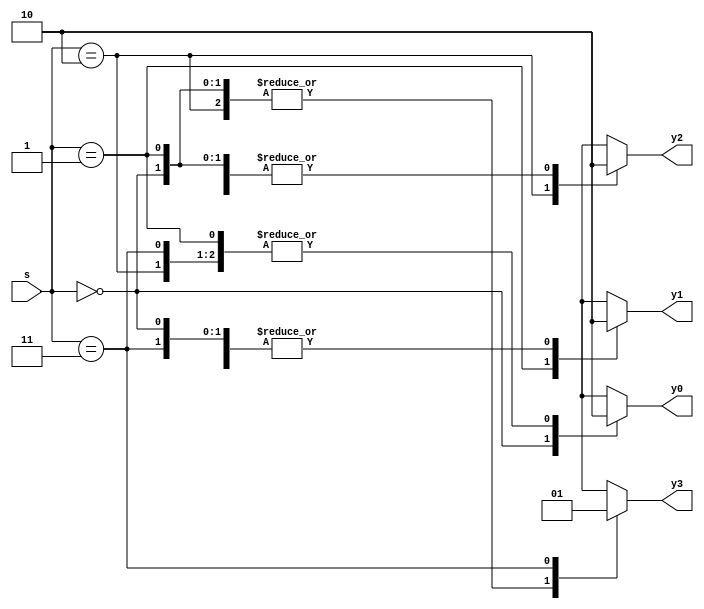
module decoder4 (
	input [1:0] s,
	output reg y0,
	output reg y1,
	output reg y2,
	output reg y3
	);
		
	always @(*)
		case (s)
			0: begin y0 = 1;  y1 = 0;  y2 = 0;  y3 = 0; end
			1: begin y0 = 0;  y1 = 1;  y2 = 0;  y3 = 0; end
			2: begin y0 = 0;  y1 = 0;  y2 = 1;  y3 = 0; end
			3: begin y0 = 0;  y1 = 0;  y2 = 0;  y3 = 1; end
		endcase
endmodule